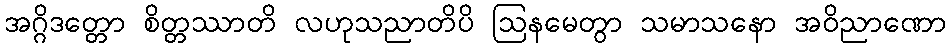
အဂ္ဂိဒတ္တော စိတ္တဿာတိ လဟုသညာတိပိ ဩနမေတွာ သမာသနော အဝိညာဏော